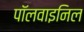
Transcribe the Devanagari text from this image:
पॉलवाइनिल